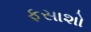
ફસાશો